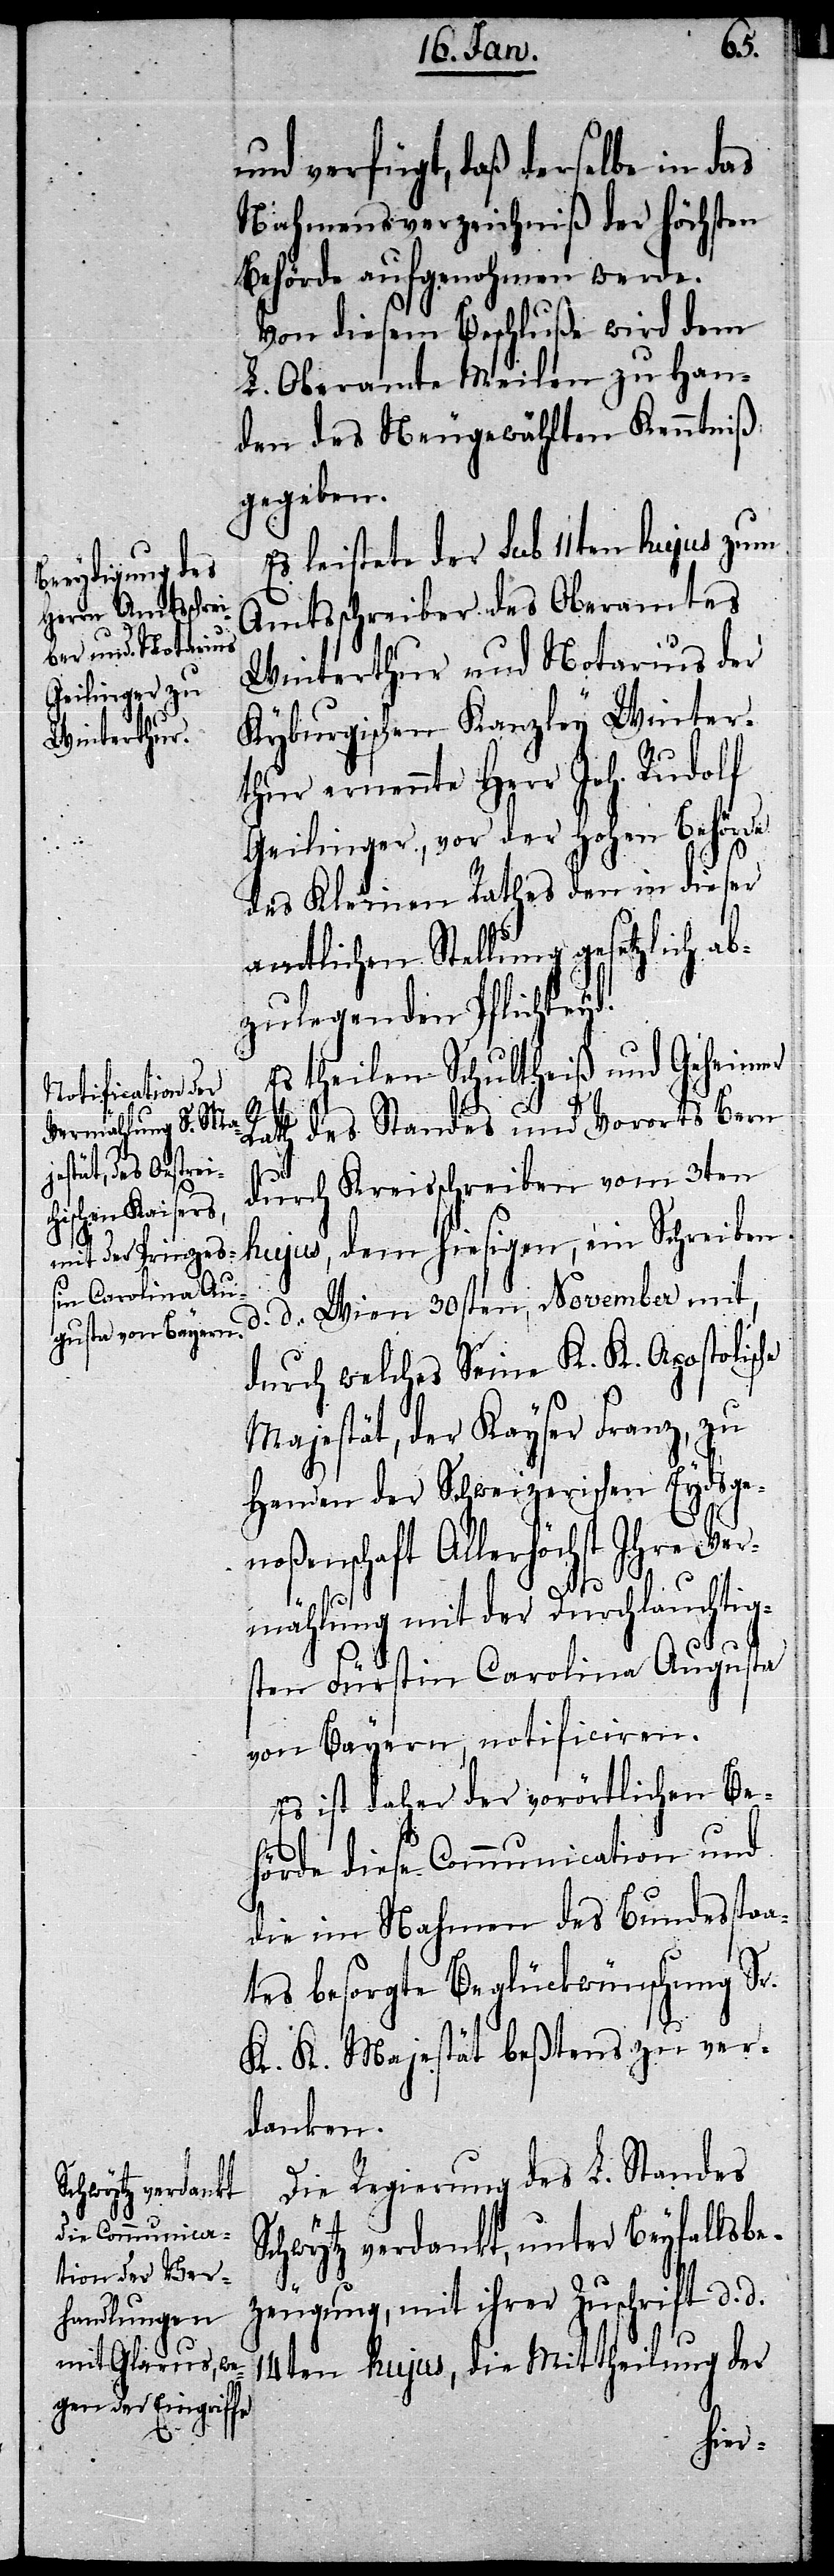
he

und verfügt, daß derselbe in das
Nahmensverzeichniß der höchsten
Behörde aufgenohmen werde.
Von diesem Beschluße wird dem
L. Oberamte Meilen zu Han¬
den des Neugewählten Kenntniß
gegeben.
Es leistete der sub 11ten hujus zum
Amtsschreiber des Oberamtes
Winterthur und Notarius der
Kyburgischen Kanzley Winter¬
thur ernennte Herr Joh. Rudolf
Geilinger, vor der Hohen Behörde
des Kleinen Rathes den in dieser
amtlichen Stellung gesetzlich ab¬
zulegenden Pflichteyd.
Es theilen Schultheiß und Geheimer
Rath des Standes und Vororts Bern
durch Kreisschreiben vom 3ten
hujus, dem hiesigen, ein Schreiben
d. d. Wien 30sten November mit,
durch welches Seine K. K. Apostolisc¬
Majestät, der Kayser Franz, zu
Handen der Schweizerischen Eydsge¬
noßenschaft Allerhöchst Ihre Ve¬
rmählung mit der Durchlauchtig¬
sten Fürstin Carolina Augusta
von Bayern, notificiren.
Es ist daher der vorörtlichen Be¬
hörde diese Communication und
die im Nahmen des Bundesstaa¬
tes besorgte Beglückwünschung Sr.
K. K. Majestät beßtens zu ver¬
danken.
Die Regierung des L. Standes
Schwytz verdankt, unter Beyfallsbe¬
zeugung, mit ihrer Zuschrift d. d.
14ten hujus, die Mittheilung der